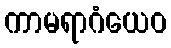
ကာမရာဂံယေဝ